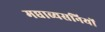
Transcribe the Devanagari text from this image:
मद्याव्यसनियों